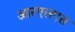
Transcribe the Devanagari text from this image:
आरएलएस